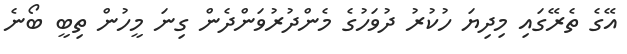
އޭގެ ތެރޭގައި މިދިޔަ ހުކުރު ދުވަހުގެ މެންދުރުވަންދެން ގިނަ މީހުން ތިބީ ބޯނެ